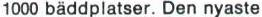
1000 bäddplatser. Den nyaste